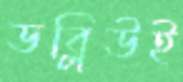
ডব্লিউই